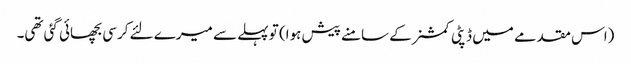
(اس مقدمے میں ڈپٹی کمشنر کے سامنے پیش ہوا) تو پہلے سے میرے لئے کرسی بچھائی گئی تھی۔